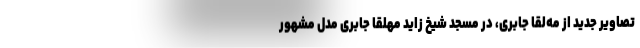
تصاویر جدید از مه‌لقا جابری، در مسجد شیخ زاید مهلقا جابری مدل مشهور